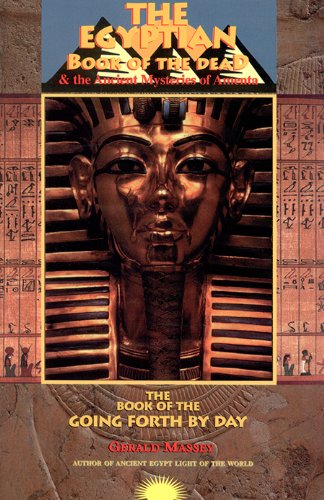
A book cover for Egyptian Book of the Dead and the Ancient Mysteries of Amenta; Gerald Massey; History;